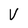
Character: V